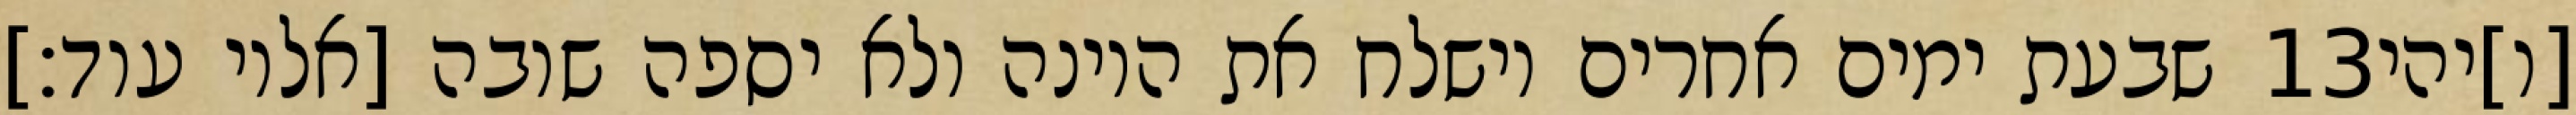
שבעת ימים אחרים וישלח את היונה ולא יספה שובה [אליו עוד׃] ‎13‏ [ו]יהי